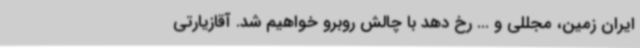
ایران زمین، مجللی و ... رخ دهد با چالش روبرو خواهیم شد. آقازیارتی